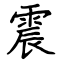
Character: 震